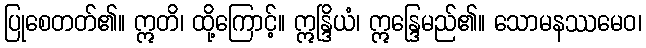
ပြုစေတတ်၏။ ဣတိ၊ ထို့ကြောင့်။ ဣန္ဒြိယံ၊ ဣန္ဒြေမည်၏။ သောမနဿမေဝ၊